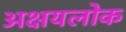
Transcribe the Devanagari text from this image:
अक्षयलोक